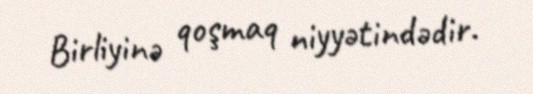
Birliyinə qoşmaq niyyətindədir.